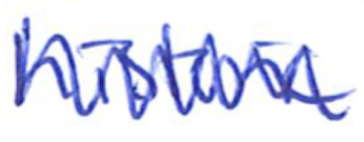
Text: historic
Cross-out: mix
Writing tool: ballpoint